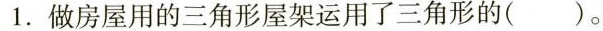
1.做房屋用的三角形屋架运用了三角形的( )。